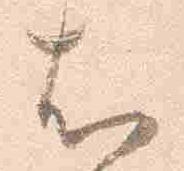
右